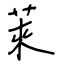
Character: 萊